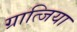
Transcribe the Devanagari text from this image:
ग्रात्जिया